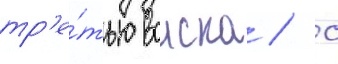
тр'е́тью воиска / с